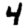
Digit: 4